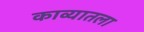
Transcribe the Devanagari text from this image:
काव्यातला